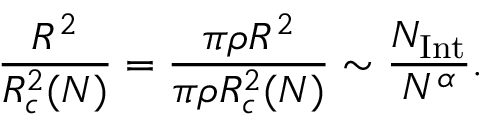
\frac { R ^ { 2 } } { R _ { c } ^ { 2 } ( N ) } = \frac { \pi \rho R ^ { 2 } } { \pi \rho R _ { c } ^ { 2 } ( N ) } \sim \frac { N _ { \mathrm { I n t } } } { N ^ { \alpha } } .